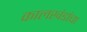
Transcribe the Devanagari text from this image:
कालखंडांचा